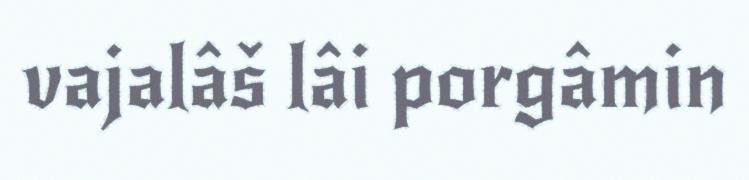
vajalâš lâi porgâmin